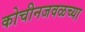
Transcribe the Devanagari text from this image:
कोचीनजवळच्या